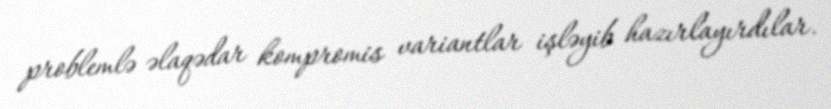
problemlə əlaqədar kompromis variantlar işləyib hazırlayırdılar.